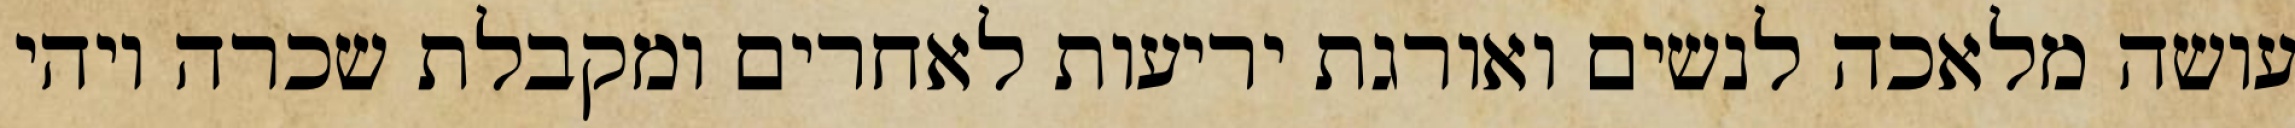
עושה מלאכה לנשים ואורגת יריעות לאחרים ומקבלת שכרה ויהי